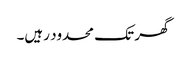
گھر تک محدود رہیں۔